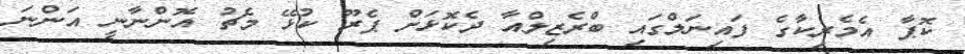
ކޮޕާ އެމެރިކާގެ ފައިނަލްގައި ބްރެޒިލްއާ ދެކޮޅަށް ޕެރޫ ކުޅޭ މެޗު އޮންނާނީ އަންނަ